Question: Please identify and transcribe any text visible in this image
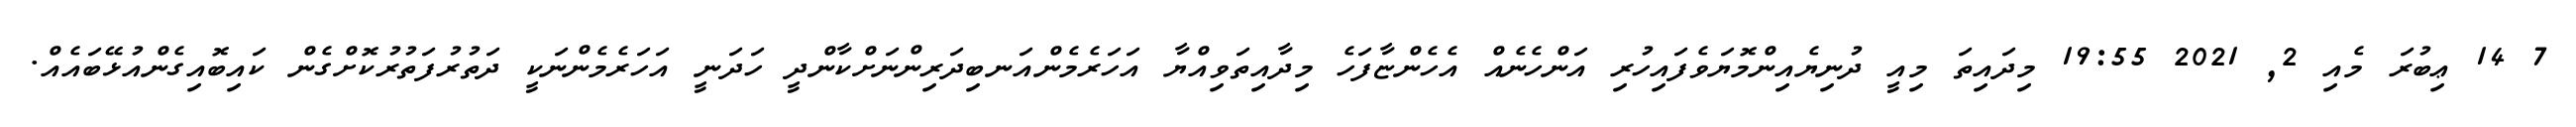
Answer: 7 14 ޢިބުރަ މެއި 2, 2021 19:55 މިދައިތަ މިއީ ދުނިޔެއިންމޮޔަވެފައިހުރި އަންހެނެއް އެހެންޏާފަހެ މިދާއިތަވިއްޔާ އަހަރެމެންއަނބިދަރިންނަށްކާންދީ ހަދަނީ އަހަރެމެންނަކީ ދަތުރުފަތުރުކޮށްގެން ކައިބޮއިގެންއުޅޭބައެއް.